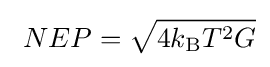
\ NEP={\sqrt {4k_{\text{B}}T^{2}G}}